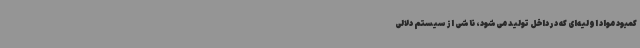
کمبود مواد اولیه‌ای که در داخل تولید می‌شود، ناشی از سیستم دلالی